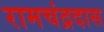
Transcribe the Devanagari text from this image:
रामचंद्रदास